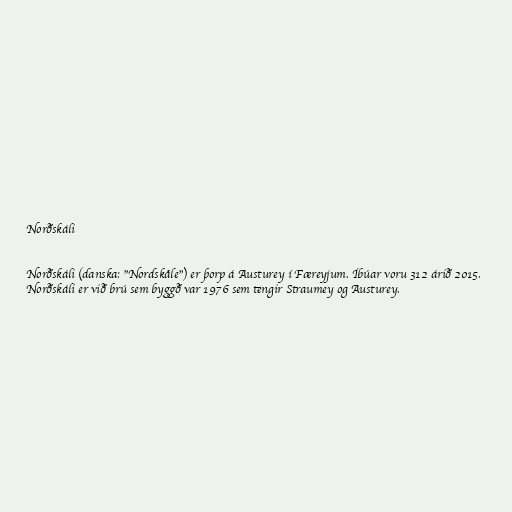
Norðskáli

Norðskáli (danska: "Nordskåle") er þorp á Austurey í Færeyjum. Íbúar voru 312 árið 2015.
Norðskáli er við brú sem byggð var 1976 sem tengir Straumey og Austurey.